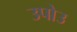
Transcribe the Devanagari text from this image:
उपोउ